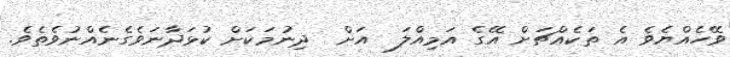
ވޭހެއްޔެވެ އެ ތަކެއްޗަށް އޭގެ އަމިއްލަ  އަށް  ދިނުމަކަށް ކުޅަދާނަވެގެނެއްނުވެތެވެ.